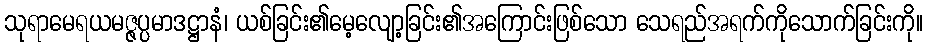
သုရာမေရယမဇ္ဇပ္ပမာဒဋ္ဌာနံ၊ ယစ်ခြင်း၏မေ့လျော့ခြင်း၏အကြောင်းဖြစ်သော သေရည်အရက်ကိုသောက်ခြင်းကို။